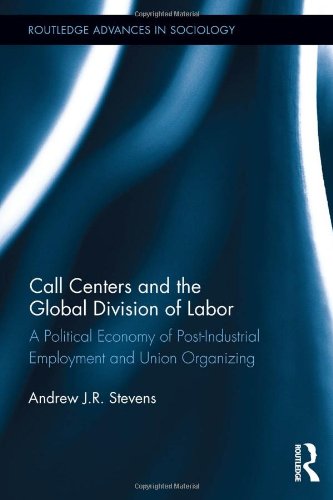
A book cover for Call Centers and the Global Division of Labor: A Political Economy of Post-Industrial Employment and Union Organizing (Routledge Advances in Sociology); Andrew J.R. Stevens; Business & Money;